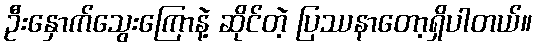
ဦးနှောက်သွေးကြောနဲ့ ဆိုင်တဲ့ ပြဿနာတော့ရှိပါတယ်။